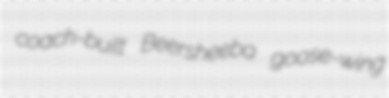
coach-built Beersheeba goose-wing